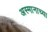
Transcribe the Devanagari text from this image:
अस्मानाच्या